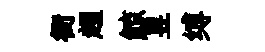
衙超鯨昱缚